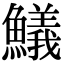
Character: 䲑